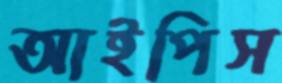
আইপিস